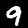
Digit: 9